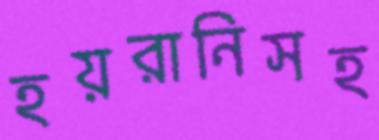
হয়রানিসহ